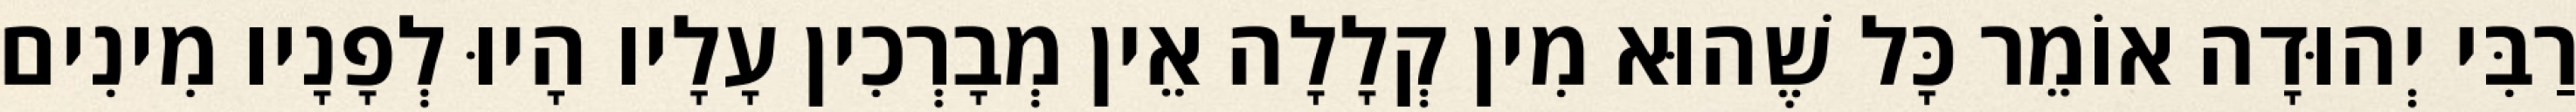
רַבִּי יְהוּדָה אוֹמֵר כָּל שֶׁהוּא מִין קְלָלָה אֵין מְבָרְכִין עָלָיו הָיוּ לְפָנָיו מִינִים